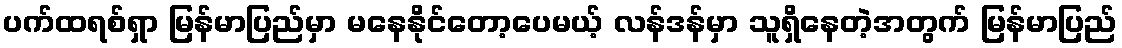
ပက်ထရစ်ရှာ မြန်မာပြည်မှာ မနေနိုင်တော့ပေမယ့် လန်ဒန်မှာ သူရှိနေတဲ့အတွက် မြန်မာပြည်